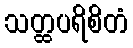
သတ္ထပရိစိတံ